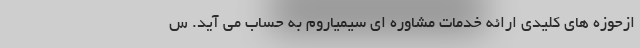
ازحوزه های کلیدی ارائه خدمات مشاوره ای سیمیاروم به حساب می آید. س